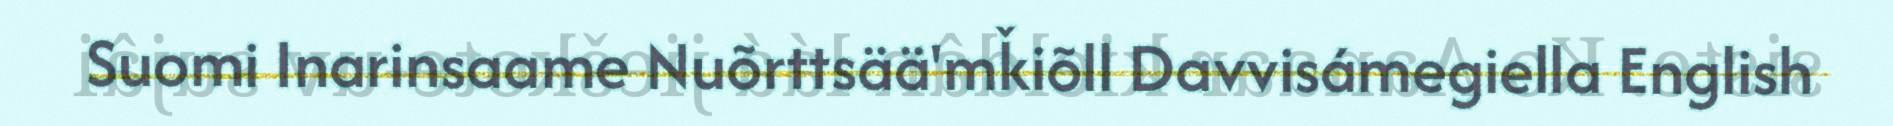
Suomi Inarinsaame Nuõrttsää'mǩiõll Davvisámegiella English